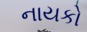
નાયકો